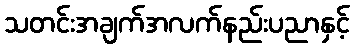
သတင်းအချက်အလက်နည်းပညာနှင့်